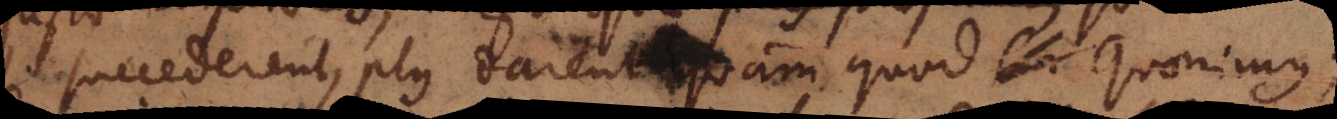
si succederent, plus darent quam quod quaerimus;